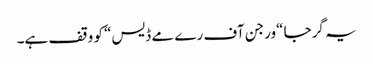
یہ گرجا “ورجن آف رے مے ڈیس“ کو وقف ہے۔